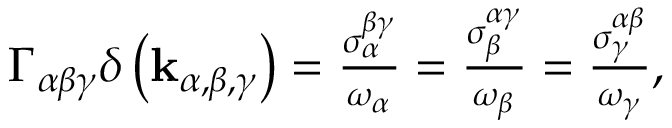
\begin{array} { r } { \Gamma _ { \alpha \beta \gamma } \delta \left( \mathbf { k } _ { \alpha , \beta , \gamma } \right) = \frac { \sigma _ { \alpha } ^ { \beta \gamma } } { \omega _ { \alpha } } = \frac { \sigma _ { \beta } ^ { \alpha \gamma } } { \omega _ { \beta } } = \frac { \sigma _ { \gamma } ^ { \alpha \beta } } { \omega _ { \gamma } } , } \end{array}